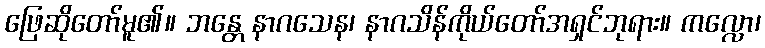
ဖြေဆိုတော်မူ၏။ ဘန္တေ နာဂသေန၊ နာဂသိန်ကိုယ်တော်အရှင်ဘုရား။ ကလ္လော၊